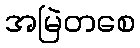
အမြဲတစေ